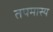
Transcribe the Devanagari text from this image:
तपमास्य